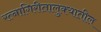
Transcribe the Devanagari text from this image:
रत्‍नागिरीतालुक्यातील